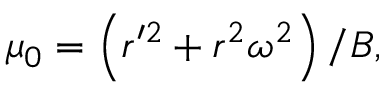
\mu _ { 0 } = \left( r ^ { \prime 2 } + r ^ { 2 } \omega ^ { 2 } \right) / B ,